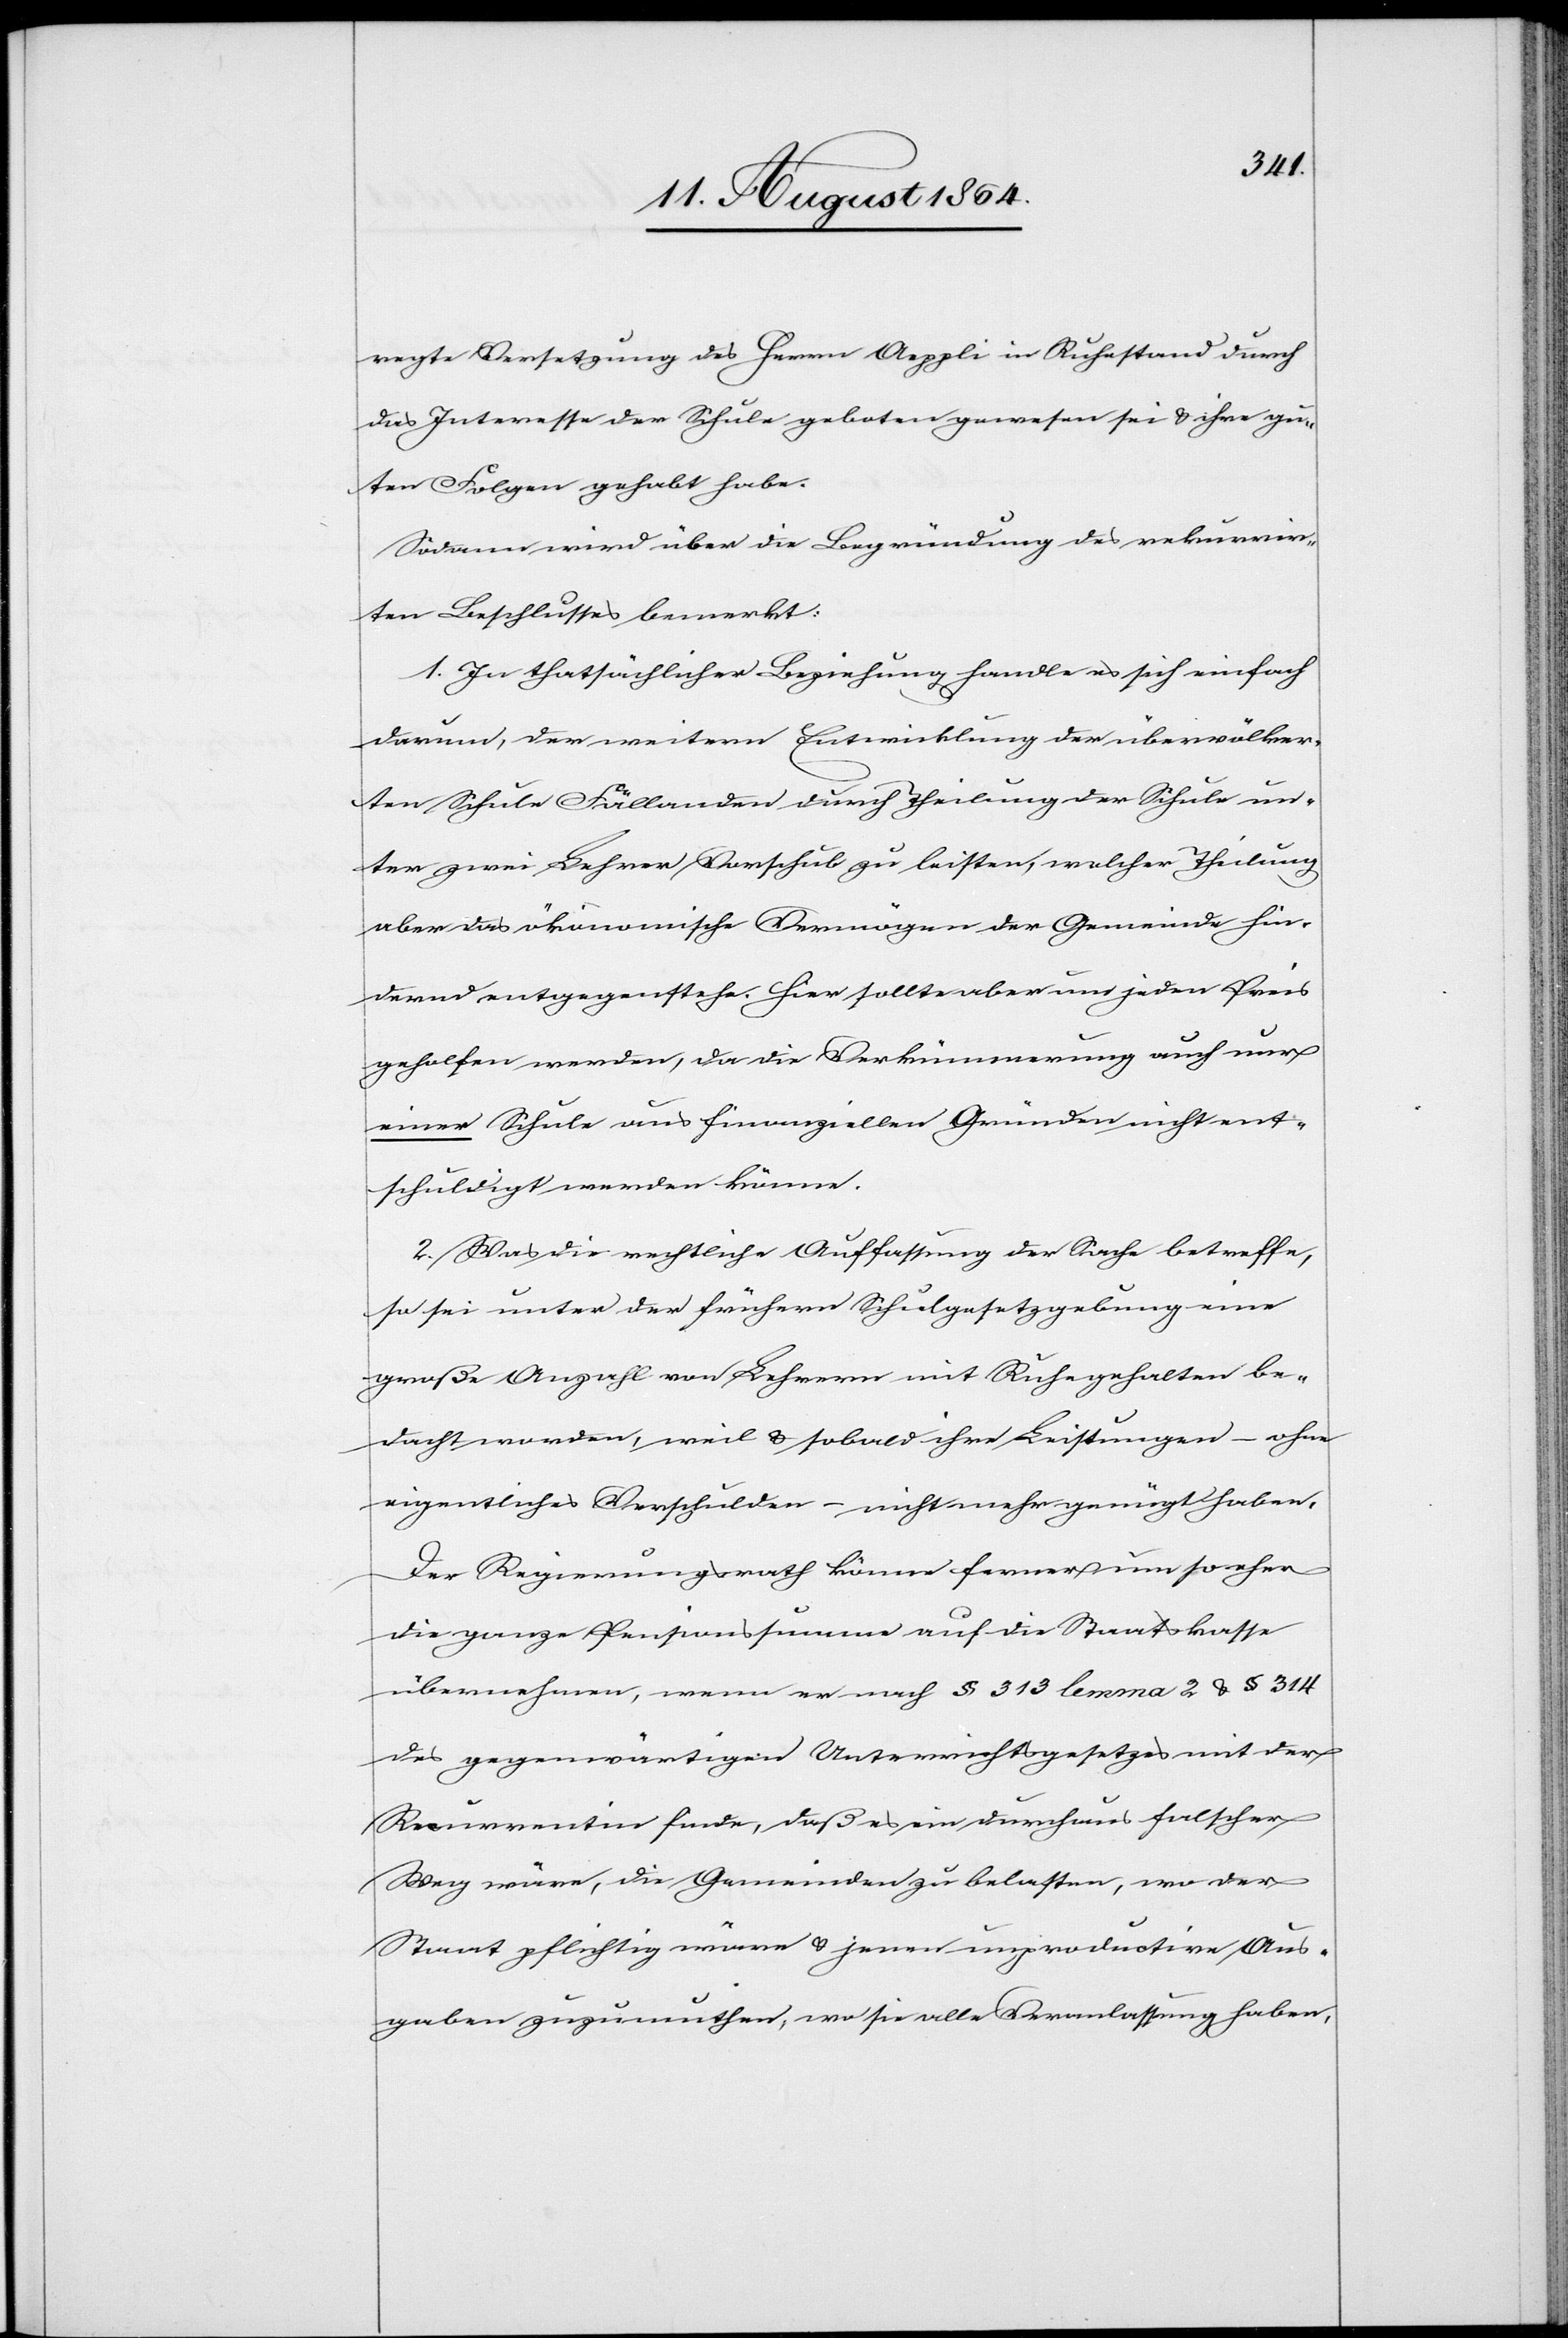
regte Versetzung des Herrn Aeppli in Ruhestand durch
das Interesse der Schule geboten gewesen sei & ihre gu¬
ten Folgen gehabt habe.
Sodann wird über die Begründung des rekurrir¬
ten Beschlusses bemerkt:
1. In thatsächlicher Beziehung handle es sich einfach
darum, der weitern Entwicklung der übervölker¬
ten Schule Fällanden durch Theilung der Schule un¬
ter zwei Lehrer Vorschub zu leisten, welcher Theilung
aber das ökonomische Vermögen der Gemeinde hin¬
dernd entgegenstehe. Hier sollte aber um jeden Preis
geholfen werden, da die Verkümmerung auch nur
einer Schule aus finanziellen Gründen nicht ent¬
schuldigt werden könne.
2. Was die rechtliche Auffassung der Sache betreffe,
so sei unter der frühern Schulgesetzgebung eine
große Anzahl von Lehrern mit Ruhegehalten be¬
dacht worden, weil & sobald ihre Leistungen – ohne
eigentliches Verschulden – nicht mehr genügt haben.
Der Regierungsrath könne ferner um so eher
die ganze Pensionssumme auf die Staatskasse
übernehmen, wenn er nach § 313 lemma 2 & § 314
des gegenwärtigen Unterrichtsgesetzes mit der
Recurrentin finde, daß es ein durchaus falscher
Weg wäre, die Gemeinden zu belasten, wo der
Staat pflichtig wäre & jenen unproductive Aus¬
gaben zuzumuthen, wo sie alle Veranlassung haben,